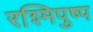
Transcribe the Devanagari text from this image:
रश्मिपुष्प